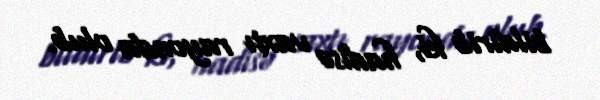
bildirib ki, hadisə vaxtı rayonda olub.